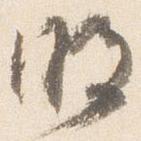
明